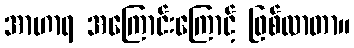
အာဟာရ အကြောင်းကြောင့် ဖြစ်လာတာ။